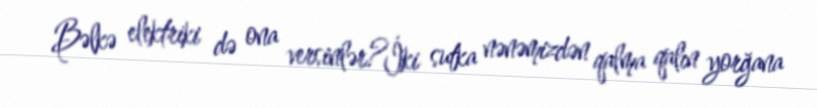
Bəlkə elektriki də ona versinlər?İki sutka nənəmizdən qalma qalın yorğana